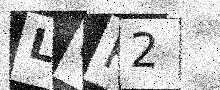
Text: LCR2